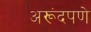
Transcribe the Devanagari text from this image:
अरूंदपणे